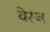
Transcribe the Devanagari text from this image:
वेरंज